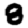
Digit: 8